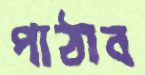
পাঠাব